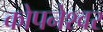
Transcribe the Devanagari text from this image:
कोपनेश्वर